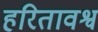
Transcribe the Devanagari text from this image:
हरितावश्व